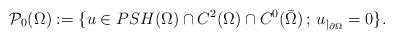
LaTeX: \begin{align*}\mathcal{P}_0(\Omega):=\{ u \in PSH(\Omega) \cap C^{2}(\Omega) \cap C^0(\bar \Omega) \, ; \, u_{|_{\partial \Omega}}=0\}.\end{align*}